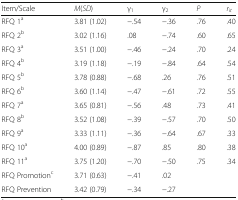
| Item/Scale | M(SD) | γ1 | γ2 | P | rit |
 | --- | --- | --- | --- | --- | --- |
 | RFQ 1a | 3.81 (1.02) | −.54 | −.36 | .76 | .40 |
 | RFQ 2b | 3.02 (1.16) | .08 | −.74 | .60 | .65 |
 | RFQ 3a | 3.51 (1.00) | −.46 | −.24 | .70 | .24 |
 | RFQ 4b | 3.19 (1.18) | −.19 | −.84 | .64 | .54 |
 | RFQ 5b | 3.78 (0.88) | −.68 | .26 | .76 | .51 |
 | RFQ 6b | 3.60 (1.14) | −.47 | −.61 | .72 | .55 |
 | RFQ 7a | 3.65 (0.81) | −.56 | .48 | .73 | .41 |
 | RFQ 8b | 3.52 (1.08) | −.39 | −.57 | .70 | .50 |
 | RFQ 9a | 3.33 (1.11) | −.36 | −.64 | .67 | .33 |
 | RFQ 10a | 4.00 (0.89) | −.87 | .85 | .80 | .38 |
 | RFQ 11a | 3.75 (1.20) | −.70 | −.50 | .75 | .34 |
 | RFQ Promotionc | 3.71 (0.63) | −.41 | .02 |  |  |
 | RFQ Prevention | 3.42 (0.79) | −.34 | −.27 |  |  |